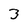
Character: 3